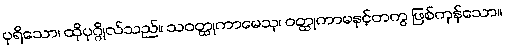
ပုရိသော၊ ထိုပုဂ္ဂိုလ်သည်။ သဝတ္ထုကာမေသု၊ ဝတ္ထုကာမနှင့်တကွ ဖြစ်ကုန်သော။